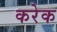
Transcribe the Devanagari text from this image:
करेक